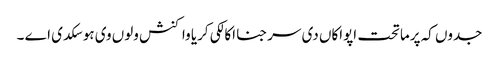
جدوں کہ پرماتحت اپواکاں دی سرجنا اکالکی کریا واکنش ولوں وی ہو سکدی اے ۔